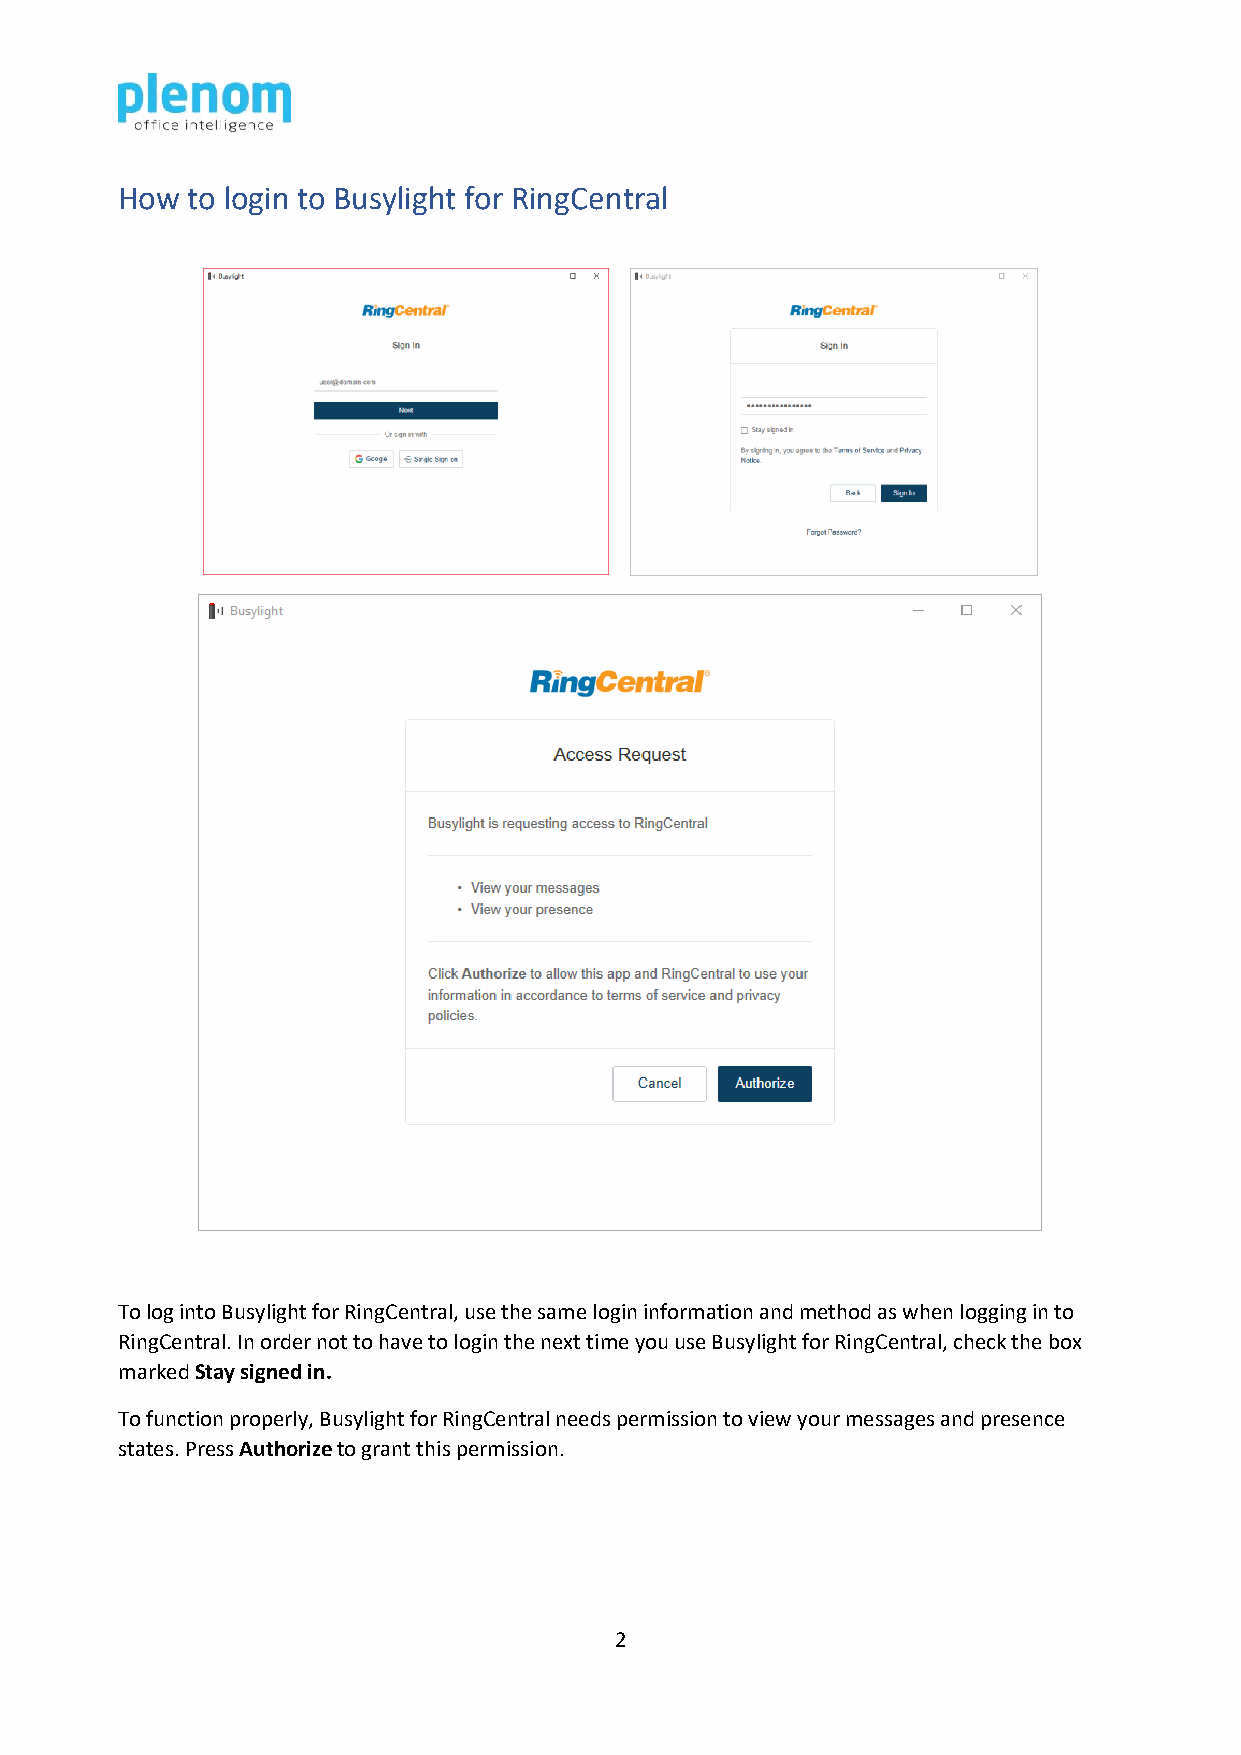
How to login to Busylight for RingCentral
 To log into Busylight for RingCentral, use the same login information and method as when logging in to
 RingCentral. In order not to have to login the next time you use Busylight for RingCentral, check the box
 marked Stay signed in.
 To function properly, Busylight for RingCentral needs permission to view your messages and presence
 states. Press Authorize to grant this permission.
 2